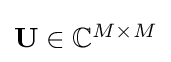
{\textstyle \mathbf {U} \in \mathbb {C} ^{M\times M}}